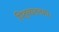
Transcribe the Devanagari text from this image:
पितृव्यतनमाः